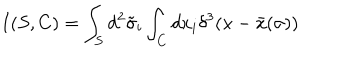
I ( S , C ) = \int _ { S } d ^ { 2 } \tilde { \sigma } _ { i } \int _ { C } d x _ { i } \delta ^ { 3 } ( x - \bar { x } ( \sigma ) )